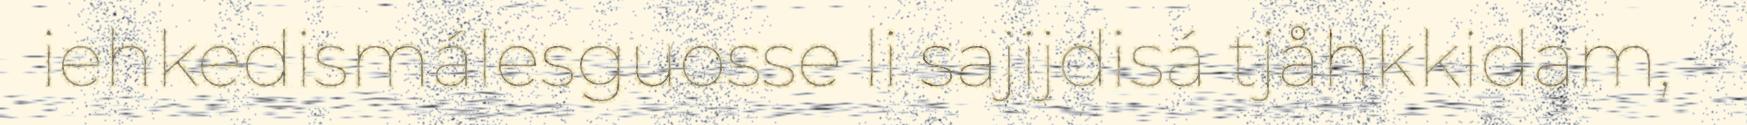
iehkedismálesguosse li sajijdisá tjåhkkidam,